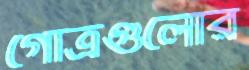
গোত্রগুলোর